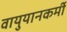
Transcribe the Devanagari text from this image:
वायुयानकर्मी